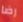
رضا